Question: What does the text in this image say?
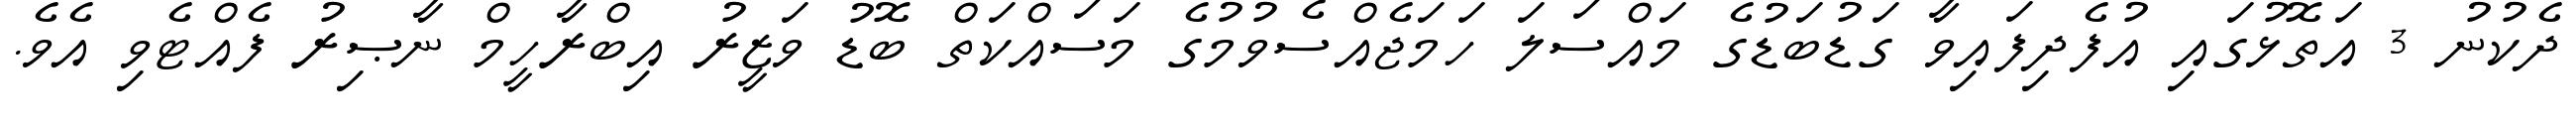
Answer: ދެކުނު 3 އަތޮޅުގައި އުފެދިފައިވާ ގަޑުބަޑުގެ މައްސަލަ ހަމަޖެއްސެވުމުގެ މަސައްކަތް ބޮޑު ވަޒީރު އިބްރާހީމް ނާޞިރު ފެއްޓެވި އެވެ.